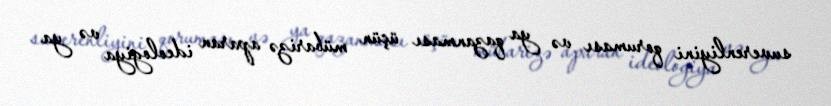
suverenliyini qoruması və ya qazanması üçün mübarizə aparan ideologiya və ya